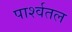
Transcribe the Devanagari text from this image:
पार्श्वतल